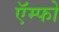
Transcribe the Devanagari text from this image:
ऍम्फो